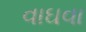
વાઘવા